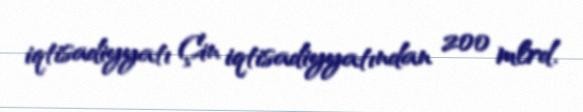
iqtisadiyyatı Çin iqtisadiyyatından 200 mlrd.